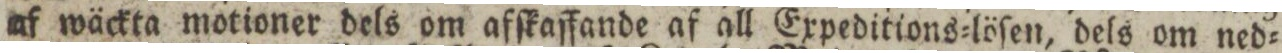
af wäckta motioner dels om afſkaffande af all Expeditions=löſen, dels om ned=